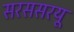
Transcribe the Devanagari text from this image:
सरससरयू